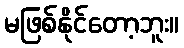
မဖြစ်နိုင်တော့ဘူး။